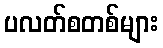
ပလတ်စတစ်များ